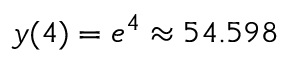
y ( 4 ) = e ^ { 4 } \approx 5 4 . 5 9 8